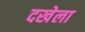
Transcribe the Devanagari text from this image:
दखेला